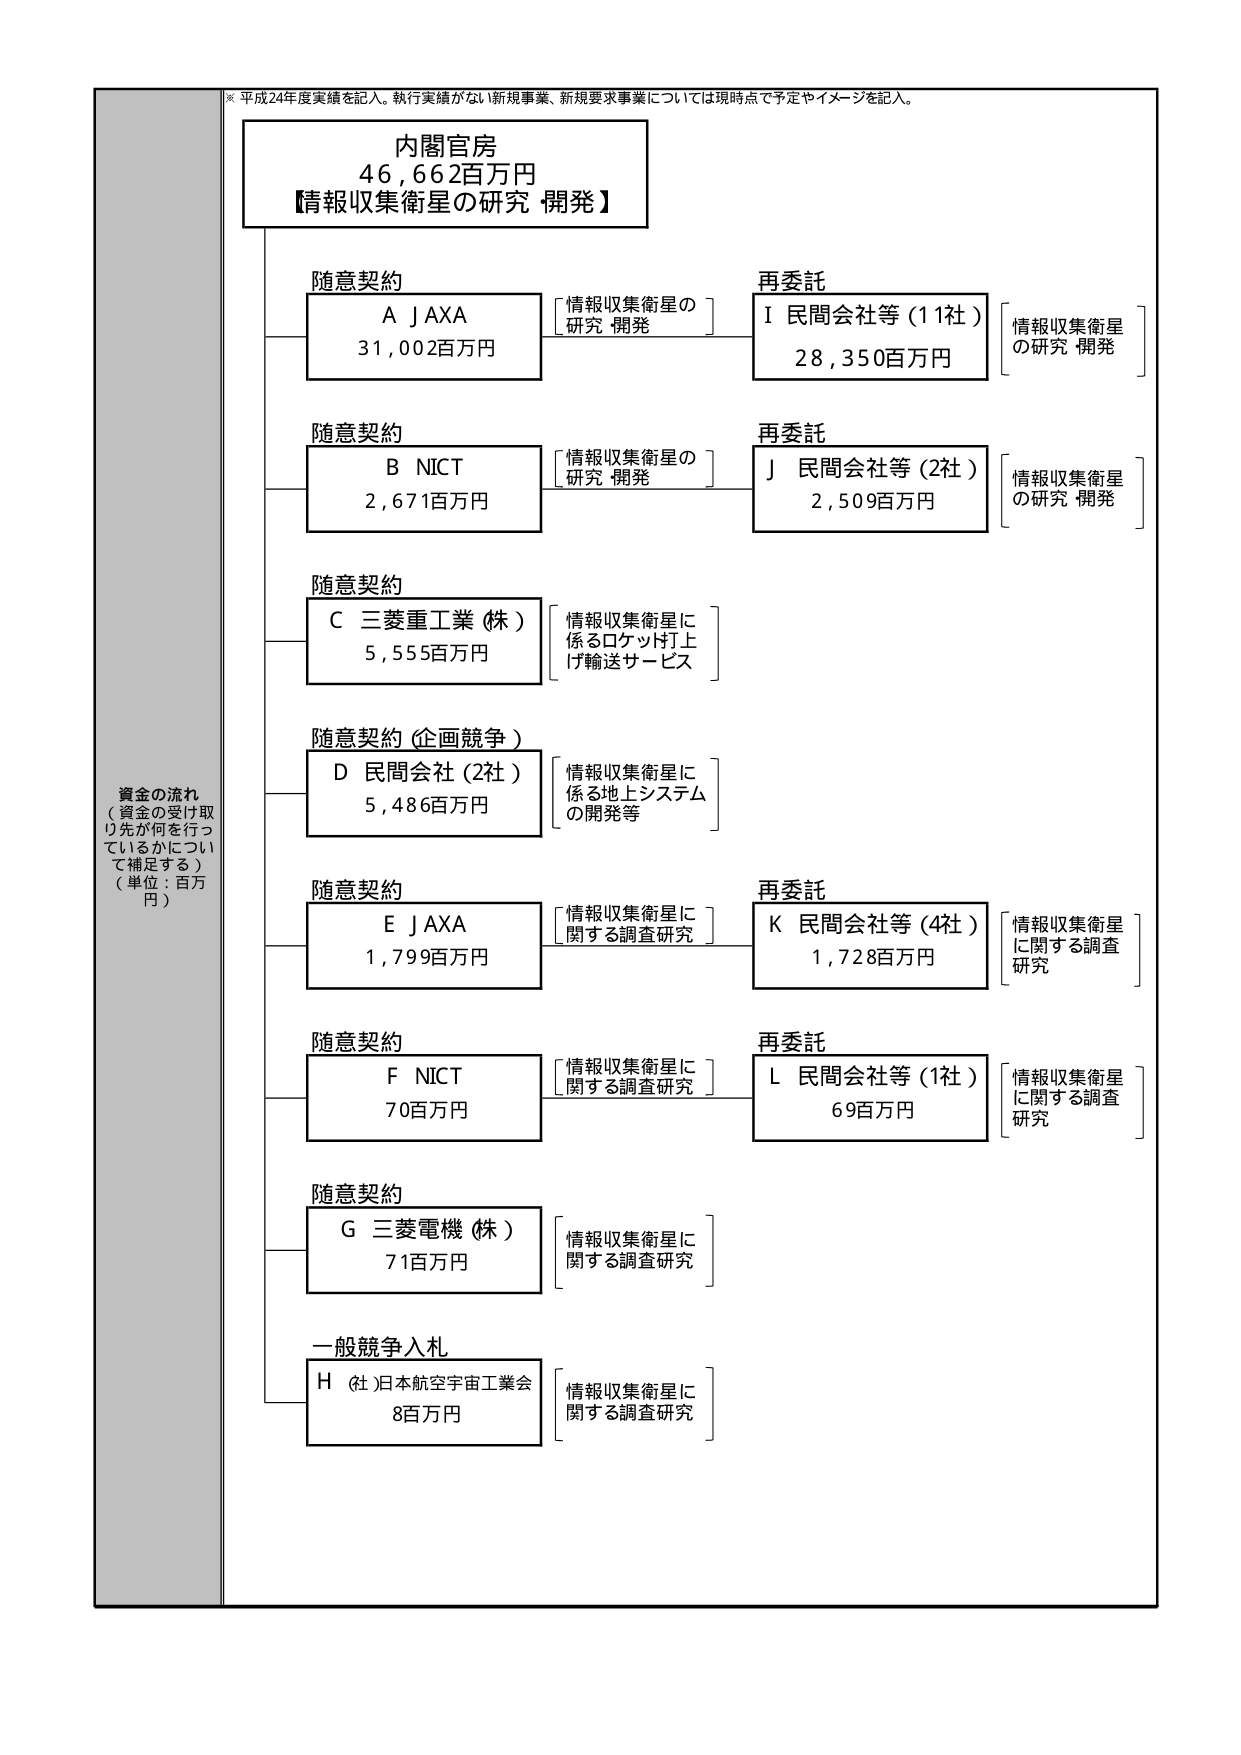
※ 平成24年度実績を記入。執行実績がない新規事業、新規要求事業については現時点で予定やイメージを記入。

内閣官房
46,662百万円
【情報収集衛星の研究・開発】

資金の流れ
（資金の受け取り先が何を行っているかについて補足する）
（単位：百万円）

随意契約
A JAXA
31,002百万円
[情報収集衛星の研究・開発]

随意契約
B NICT
2,671百万円
[情報収集衛星の研究・開発]

随意契約
C 三菱重工業（株）
5,555百万円
[情報収集衛星に係るロケット打上げ輸送サービス]

随意契約（企画競争）
D 民間会社（2社）
5,486百万円
[情報収集衛星に係る地上システムの開発等]

随意契約
E JAXA
1,799百万円
[情報収集衛星に関する調査研究]

随意契約
F NICT
70百万円
[情報収集衛星に関する調査研究]

随意契約
G 三菱電機（株）
71百万円
[情報収集衛星に関する調査研究]

一般競争入札
H （社）日本航空宇宙工業会
8百万円
[情報収集衛星に関する調査研究]

再委託
I 民間会社等（11社）
28,350百万円
[情報収集衛星の研究・開発]

再委託
J 民間会社等（2社）
2,509百万円
[情報収集衛星の研究・開発]

再委託
K 民間会社等（4社）
1,728百万円
[情報収集衛星に関する調査研究]

再委託
L 民間会社等（1社）
69百万円
[情報収集衛星に関する調査研究]